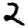
Digit: 2